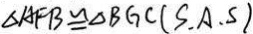
\Delta A F B \cong \Delta B G C ( S , A , S )